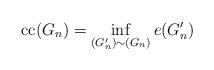
LaTeX: \begin{align*}\mathrm{cc}(G_{n})=\inf_{(G_{n}^{\prime})\sim(G_{n})}e(G_{n}^{\prime})\end{align*}